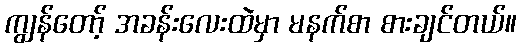
ကျွန်တော့် အခန်းလေးထဲမှာ မနက်စာ စားချင်တယ်။